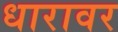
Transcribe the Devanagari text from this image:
धारावर